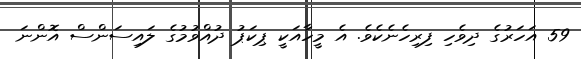
59 އަހަރުގެ ދިވެހި ފިރިހެނެކެވެ. އެ މީހާއަކީ ޕިކަޕު ދުއްވުމުގެ ލައިސަންސް އޮންނަ